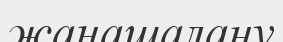
жаңашалану